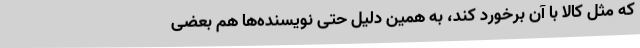
که مثل کالا با آن برخورد کند، به همین دلیل حتی نویسنده‌ها هم بعضی